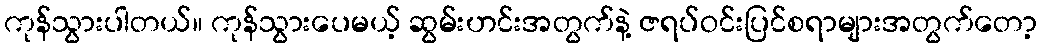
ကုန်သွားပါတယ်။ ကုန်သွားပေမယ့် ဆွမ်းဟင်းအတွက်နဲ့ ဇရပ်ဝင်းပြင်စရာများအတွက်တော့